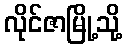
လိုင်ဇာမြို့သို့